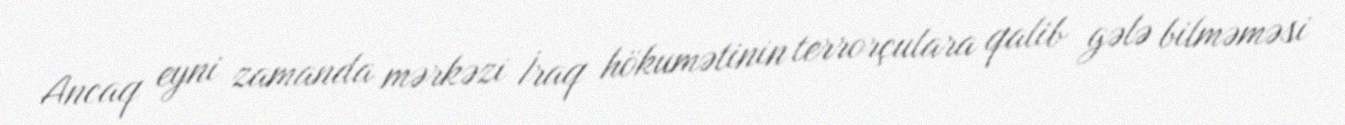
Ancaq eyni zamanda mərkəzi İraq hökumətinin terrorçulara qalib gələ bilməməsi